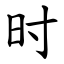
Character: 时